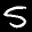
Label: 5